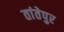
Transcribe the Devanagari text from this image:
तांतेपुर